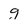
Character: g